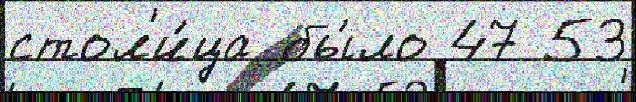
стол'и́ца бы́ло 47 53